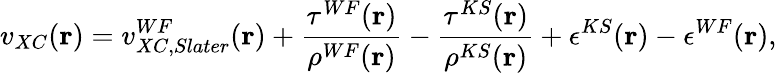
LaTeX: v_{XC}(\mathbf{r})=v_{XC,Slater}^{WF}(\mathbf{r})+\frac{\tau^{WF}(\mathbf{r})}{\rho^{WF}(\mathbf{r})}-\frac{\tau^{KS}(\mathbf{r})}{\rho^{KS}(\mathbf{r})}+\epsilon^{KS}(\mathbf{r})-\epsilon^{WF}(\mathbf{r}),